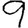
Digit: 9